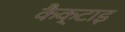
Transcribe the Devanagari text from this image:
कैक्टाइ